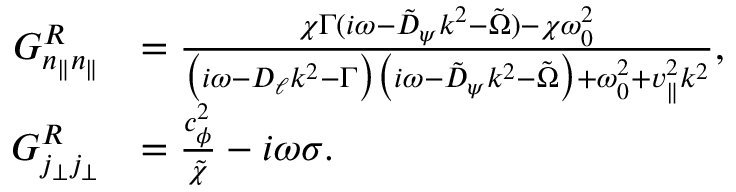
\begin{array} { r l } { G _ { n _ { \| } n _ { \| } } ^ { R } } & { = \frac { \chi \Gamma ( i \omega - \tilde { D } _ { \psi } k ^ { 2 } - \tilde { \Omega } ) - \chi \omega _ { 0 } ^ { 2 } } { \big ( i \omega - D _ { \ell } k ^ { 2 } - \Gamma \big ) \big ( i \omega - \tilde { D } _ { \psi } k ^ { 2 } - \tilde { \Omega } \big ) + \omega _ { 0 } ^ { 2 } + v _ { \| } ^ { 2 } k ^ { 2 } } , } \\ { G _ { j _ { \perp } j _ { \perp } } ^ { R } } & { = \frac { c _ { \phi } ^ { 2 } } { \tilde { \chi } } - i \omega \sigma . } \end{array}